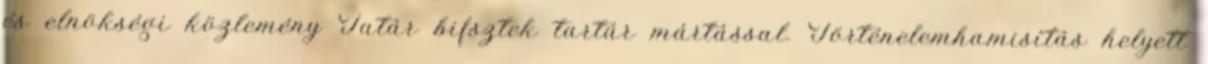
és elnökségi közlemény Tatár bifsztek tartár mártással. Történelemhamisítás helyett